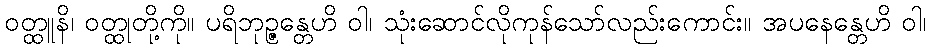
ဝတ္ထူနိ၊ ဝတ္ထုတို့ကို။ ပရိဘုဉ္ဇန္တေဟိ ဝါ၊ သုံးဆောင်လိုကုန်သော်လည်းကောင်း။ အပနေန္တေဟိ ဝါ၊